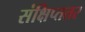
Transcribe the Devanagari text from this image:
संक्षिप्ततर